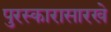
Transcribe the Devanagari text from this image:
पुरस्कारासारखे